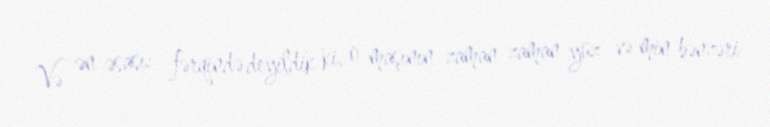
Və ən əsası: fərqində deyildik ki, o maşının zaman-zaman yüz və min bənzəri